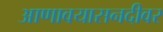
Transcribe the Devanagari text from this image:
आणावयासनदीवर